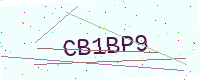
Text: CB1BP9